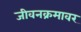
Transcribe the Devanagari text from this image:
जीवनक्रमावर